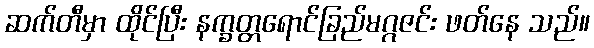
ဆက်တီမှာ ထိုင်ပြီး နက္ခတ္တရောင်ခြည်မဂ္ဂဇင်း ဖတ်နေ သည်။